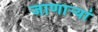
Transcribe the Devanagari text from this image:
जाणाऱ्यां